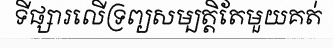
ទីផ្សារលើទ្រព្យសម្បត្តិតែមួយគត់